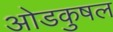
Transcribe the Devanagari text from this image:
ओडकुषल